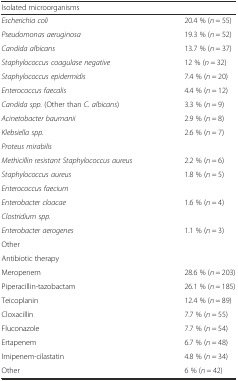
| <COLSPAN=2> Isolated microorganisms |
 | --- | --- |
 | Escherichia coli | 20.4 % (n = 55) |
 | Pseudomonas aeruginosa | 19.3 % (n = 52) |
 | Candida albicans | 13.7 % (n = 37) |
 | Staphylococcus coagulase negative | 12 % (n = 32) |
 | Staphylococcus epidermidis | 7.4 % (n = 20) |
 | Enterococcus faecalis | 4.4 % (n = 12) |
 | Candida spp. (Other than C. albicans) | 3.3 % (n = 9) |
 | Acinetobacter baumanii | 2.9 % (n = 8) |
 | Klebsiella spp. | <ROWSPAN=2> 2.6 % (n = 7) |
 | Proteus mirabilis |
 | Methicillin resistant Staphylococcus aureus | 2.2 % (n = 6) |
 | Staphylococcus aureus | <ROWSPAN=2> 1.8 % (n = 5) |
 | Enterococcus faecium |
 | Enterobacter cloacae | <ROWSPAN=2> 1.6 % (n = 4) |
 | Clostridium spp. |
 | Enterobacter aerogenes | <ROWSPAN=2> 1.1 % (n = 3) |
 | Other |
 | <COLSPAN=2> Antibiotic therapy |
 | Meropenem | 28.6 % (n = 203) |
 | Piperacillin-tazobactam | 26.1 % (n = 185) |
 | Teicoplanin | 12.4 % (n = 89) |
 | Cloxacillin | 7.7 % (n = 55) |
 | Fluconazole | 7.7 % (n = 54) |
 | Ertapenem | 6.7 % (n = 48) |
 | Imipenem-cilastatin | 4.8 % (n = 34) |
 | Other | 6 % (n = 42) |